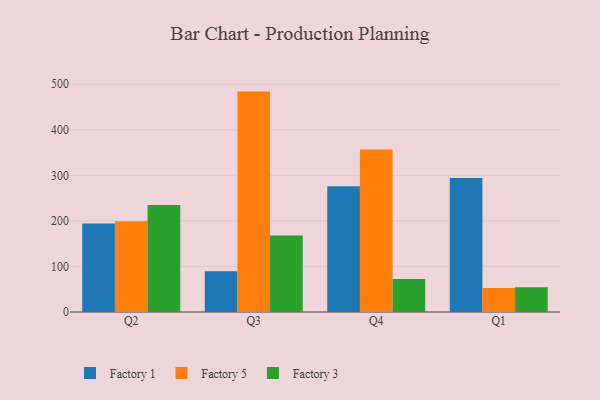
{"axis": {"x": "Quarter", "y": "Website Visitors"}, "legend": ["Factory 1", "Factory 3", "Factory 5"], "data": [{"x": "Q2", "y": 194.1, "type": "Factory 1"}, {"x": "Q2", "y": 199.2, "type": "Factory 5"}, {"x": "Q2", "y": 234.7, "type": "Factory 3"}, {"x": "Q3", "y": 89.2, "type": "Factory 1"}, {"x": "Q3", "y": 483.9, "type": "Factory 5"}, {"x": "Q3", "y": 167.9, "type": "Factory 3"}, {"x": "Q4", "y": 276.3, "type": "Factory 1"}, {"x": "Q4", "y": 356.6, "type": "Factory 5"}, {"x": "Q4", "y": 72.5, "type": "Factory 3"}, {"x": "Q1", "y": 294.0, "type": "Factory 1"}, {"x": "Q1", "y": 52.6, "type": "Factory 5"}, {"x": "Q1", "y": 54.1, "type": "Factory 3"}]}